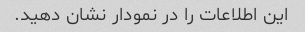
این اطلاعات را در نمودار نشان دهید.